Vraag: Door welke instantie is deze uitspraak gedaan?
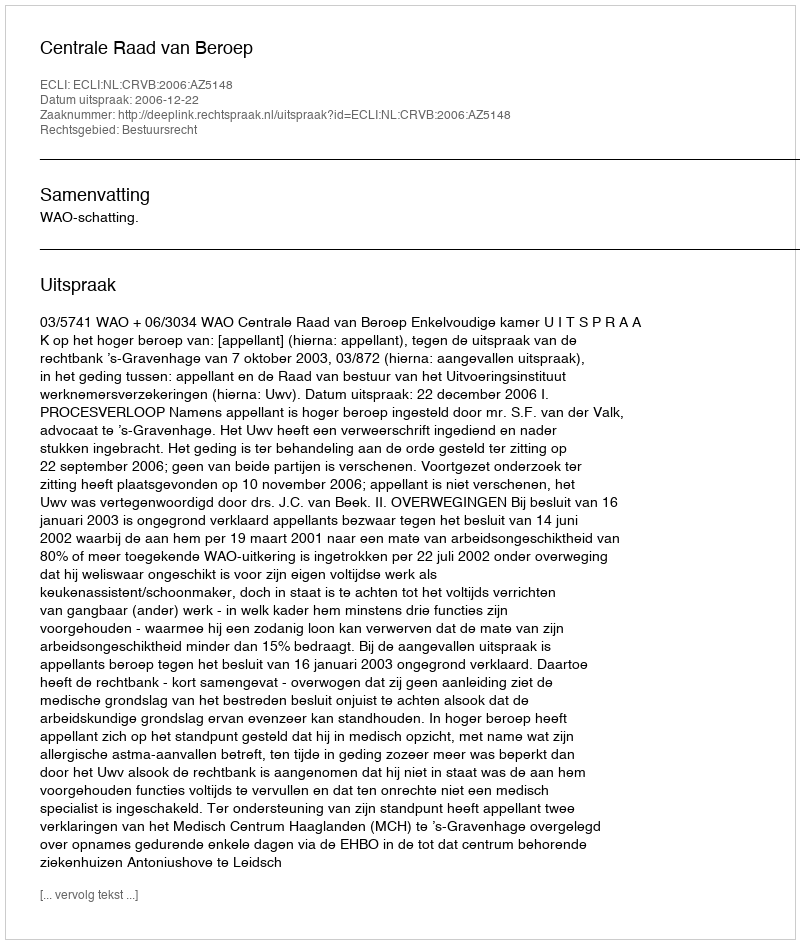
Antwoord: Centrale Raad van Beroep